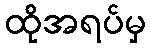
ထိုအရပ်မှ